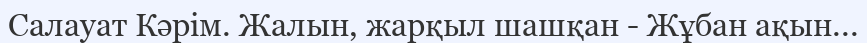
Салауат Кәрім. Жалын, жарқыл шашқан - Жұбан ақын...